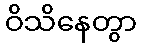
ဝိသိနေတွာ